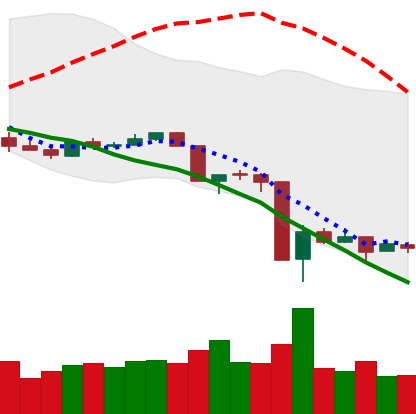
Ticker: XLM-USD
Chart end date: 2020-03-18
Forward return: 9.119%
Label: up_7plus